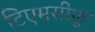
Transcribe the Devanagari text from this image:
टिएमसीफू